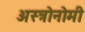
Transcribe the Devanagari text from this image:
अस्त्रोनोमी